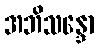
အဘိသန္ဒော